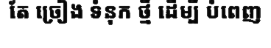
តែ ច្រៀង ទំនុក ថ្មី ដើម្បី បំពេញ